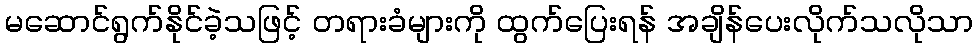
မဆောင်ရွက်နိုင်ခဲ့သဖြင့် တရားခံများကို ထွက်ပြေးရန် အချိန်ပေးလိုက်သလိုသာ